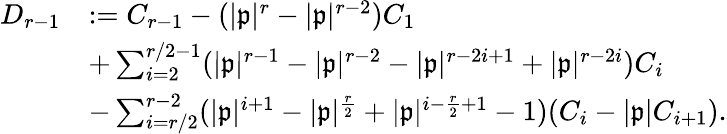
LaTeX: \begin{array}{rl}{D_{r-1}}&{:=C_{r-1}-(|\mathfrak{p}|^{r}-|\mathfrak{p}|^{r-2})C_{1}}\\ &{+\sum_{i=2}^{r/2-1}(|\mathfrak{p}|^{r-1}-|\mathfrak{p}|^{r-2}-|\mathfrak{p}|^{r-2i+1}+|\mathfrak{p}|^{r-2i})C_{i}}\\ &{-\sum_{i=r/2}^{r-2}(|\mathfrak{p}|^{i+1}-|\mathfrak{p}|^{\frac{r}{2}}+|\mathfrak{p}|^{i-\frac{r}{2}+1}-1)(C_{i}-|\mathfrak{p}|C_{i+1}).}\end{array}